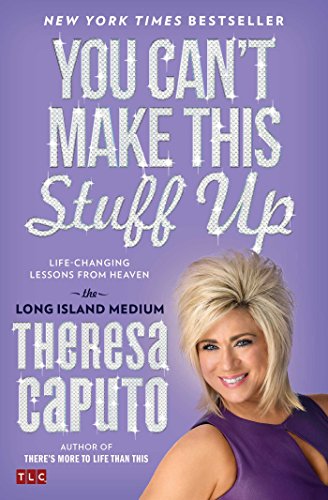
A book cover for You Can't Make This Stuff Up: Life-Changing Lessons from Heaven; Theresa Caputo; Religion & Spirituality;